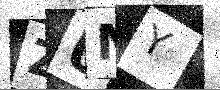
Text: ZUMY